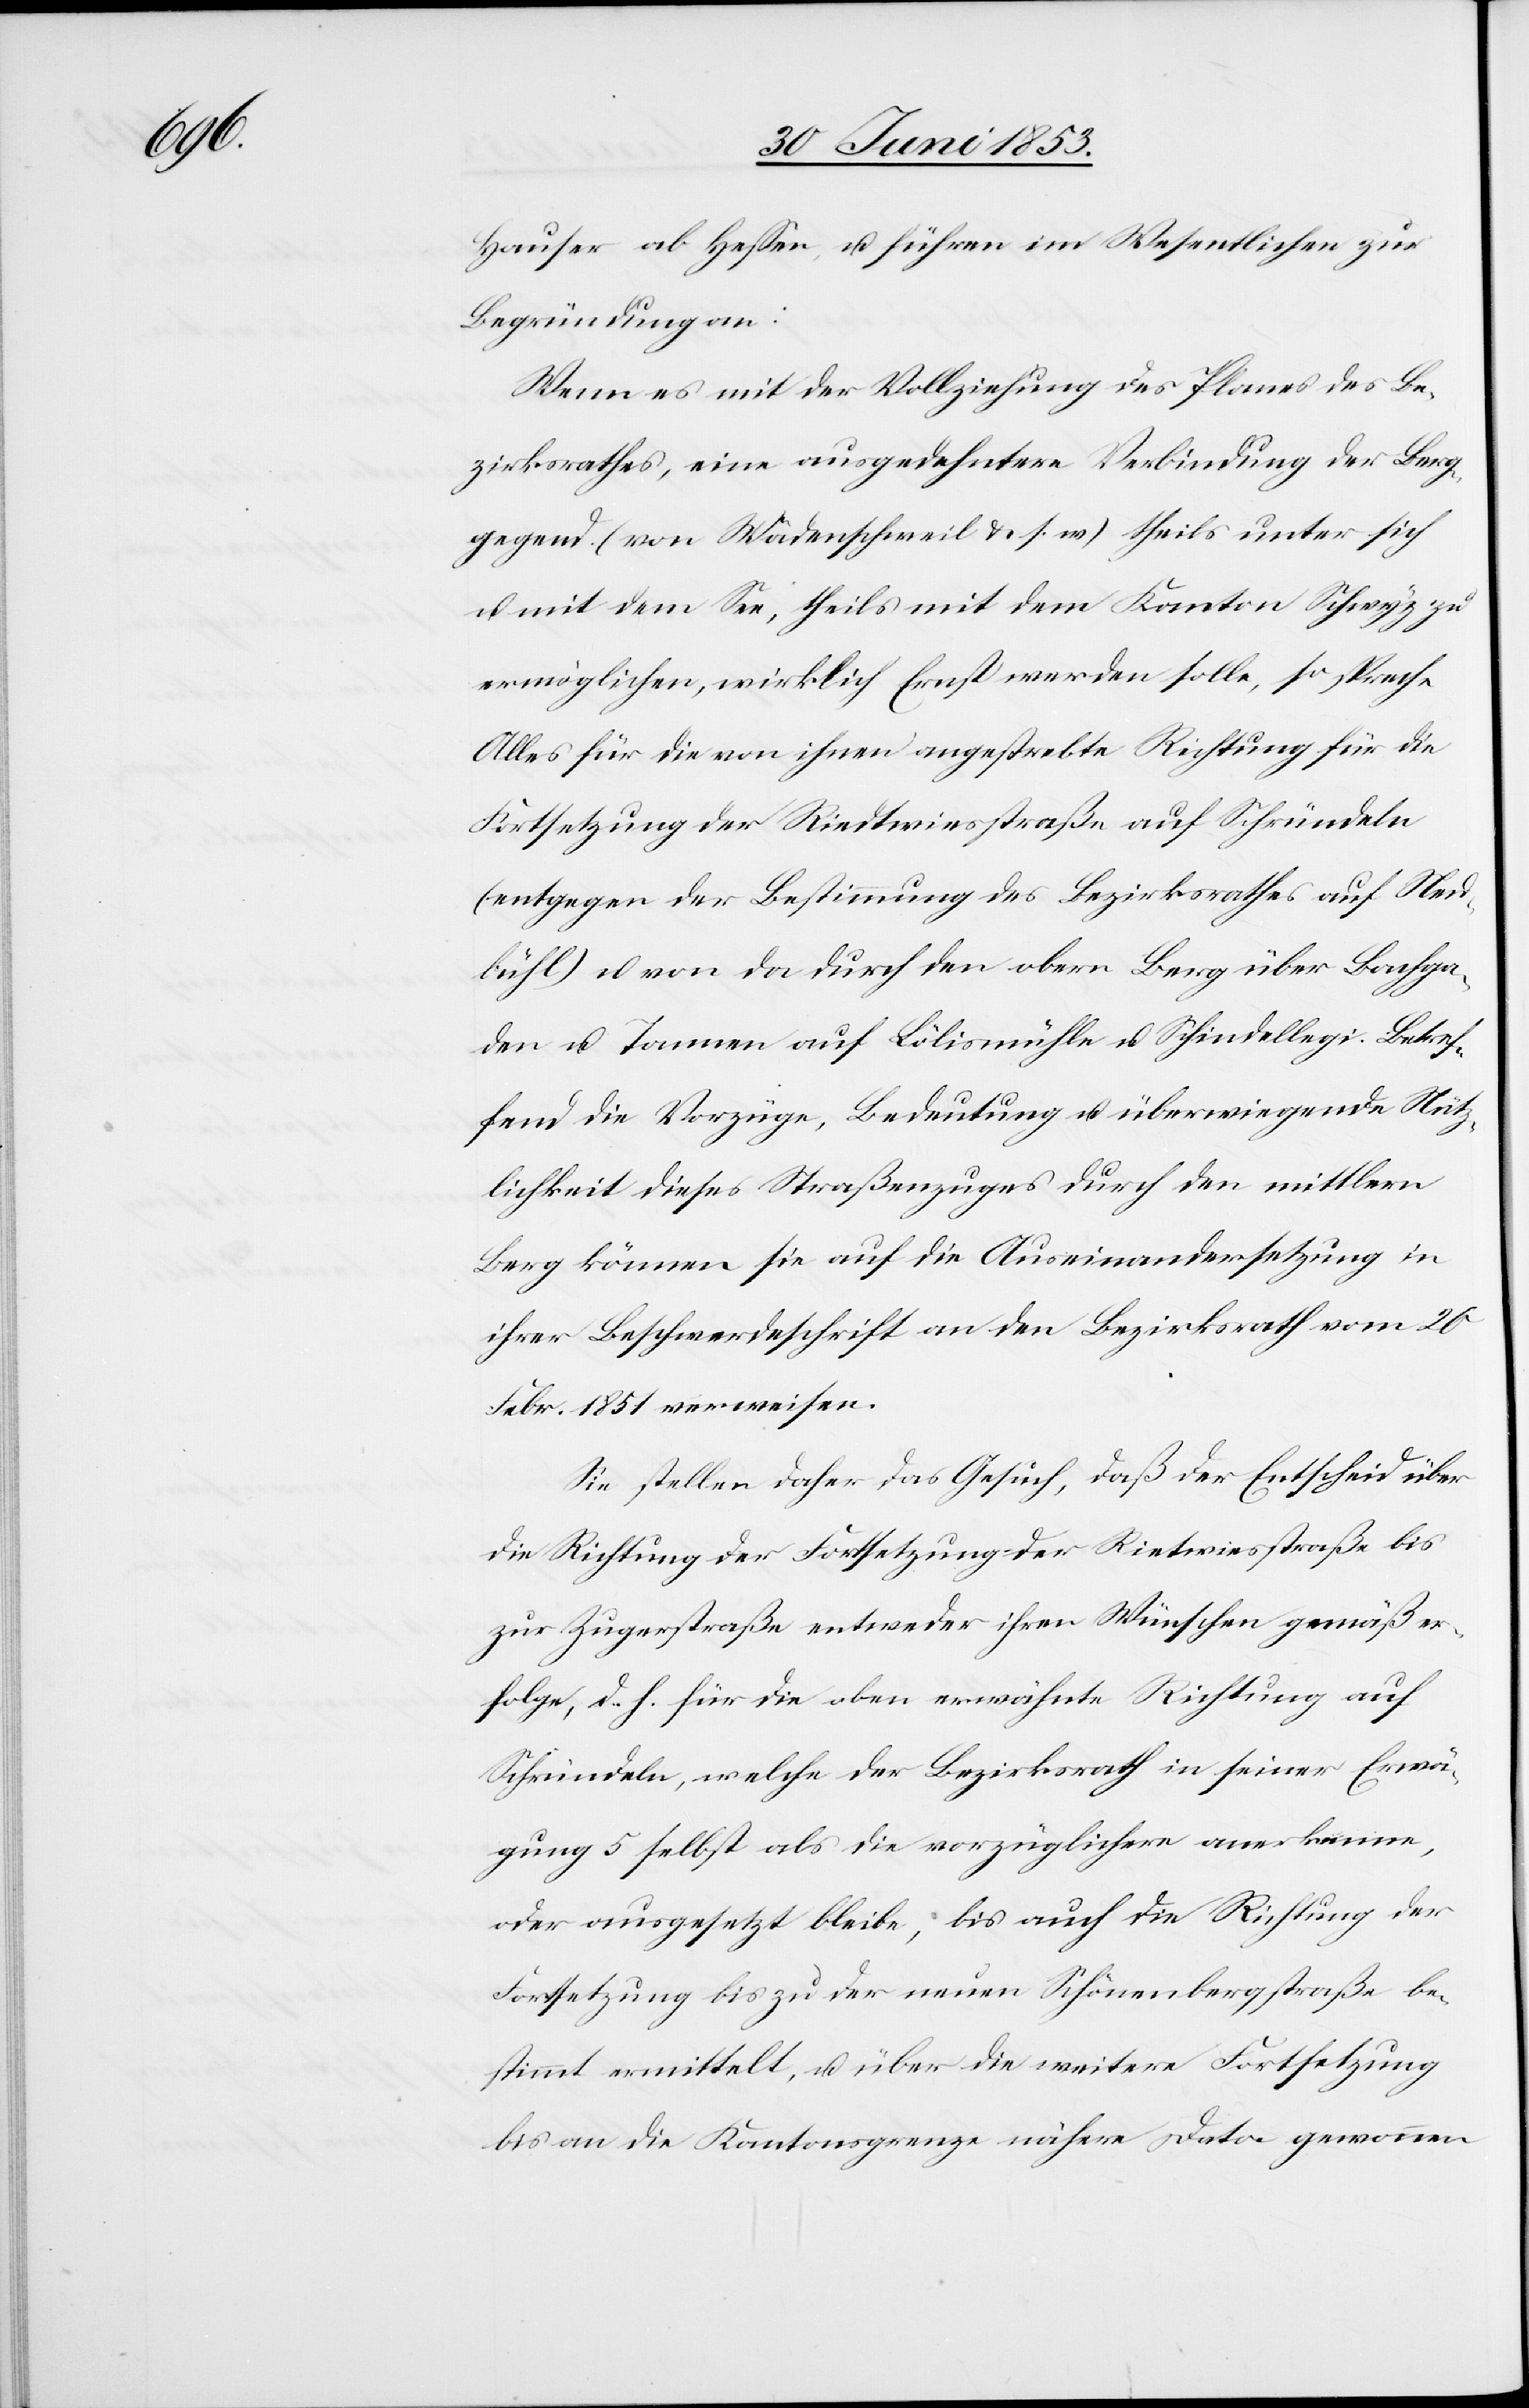
Hauser ab Heßen, u. führen im Wesentlichen zur
Begründung an:
Wenn es mit der Vollziehung des Planes des Be¬
zirksrathes, eine ausgedehntere Verbindung der Berg¬
gegend (von Wädenschweil u. s. w.) theils unter sich
u. mit dem See, theils mit dem Kanton Schwyz zu
ermöglichen, wirklich Ernst werden solle, so spreche
Alles für die von ihnen angestrebte Richtung für die
Fortsetzung der Riedtwiesstraße auf Schründeln
(entgegen der Bestimmung des Bezirksrathes auf Neu¬
bühl) u. von da durch den obern Berg über Bachga¬
den u. Tannen auf Lölismühle u. Schindeleggi. Betref¬
fend die Vorzüge, Bedeutung u. überwiegende Nütz¬
lichkeit dieses Straßenzuges durch den mittlern
Berg können sie auf die Auseinandersetzung in
ihrer Beschwerdeschrift an den Bezirksrath vom 26
Febr. 1851 verweisen.
Sie stellen daher das Gesuch, daß der Entscheid über
die Richtung der Fortsetzung der Rietwiesstraße bis
zur Zugerstraße entweder ihren Wünschen gemäß er¬
folge, d. h. für die oben erwähnte Richtung auf
Schründeln, welche der Bezirksrath in seiner Erwä¬
gung 5 selbst als die vorzüglichere anerkenne,
oder ausgesetzt bleibe, bis auch die Richtung der
Fortsetzung bis zu der neuen Schönenbergstraße be¬
stimmt ermittelt, u. über die weitere Fortsetzung
bis an die Kantonsgrenze nähere Dato genommen